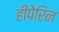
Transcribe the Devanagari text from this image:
हीपेरिन